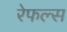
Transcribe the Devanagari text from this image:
रेफल्स